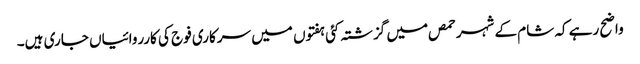
واضح رہے کہ شام کے شہر حمص میں گزشتہ کئی ہفتوں میں سرکاری فوج کی کارروائیاں جاری ہیں۔